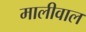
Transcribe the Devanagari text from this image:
मालीवाल